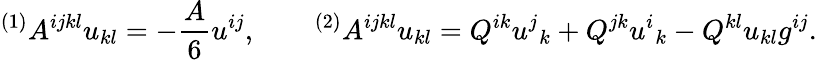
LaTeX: {}^{(1)}A^{ijkl}u_{kl}=-\frac A6u^{ij},\qquad{}^{(2)}A^{ijkl}u_{kl}=Q^{ik}u^{j}{}_{k}+Q^{jk}u^{i}{}_{k}-Q^{kl}u_{kl}g^{ij}.